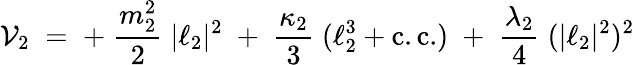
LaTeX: {\cal V}_{2}\; =\; +\; \frac{m_{2}^{2}}{2}\; |\ell_{2}|^{2}\; +\; \frac{\kappa_{2}}{3}\; (\ell_{2}^{3}+\mathrm{c.c.})\; +\; \frac{\lambda_{2}}{4}\; (|\ell_{2}|^{2})^{2}